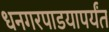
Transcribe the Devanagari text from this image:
धनगरपाडयापर्यंत